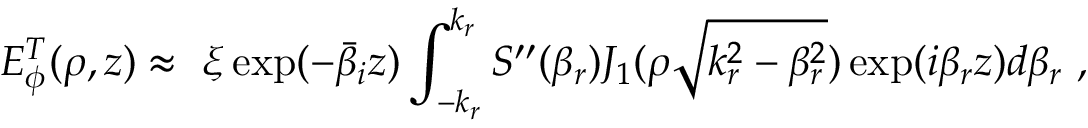
E _ { \phi } ^ { T } ( \rho , z ) \approx \ \xi \exp ( - \bar { \beta } _ { i } z ) \int _ { - k _ { r } } ^ { k _ { r } } S ^ { \prime \prime } ( \beta _ { r } ) J _ { 1 } ( \rho \sqrt { k _ { r } ^ { 2 } - \beta _ { r } ^ { 2 } } ) \exp ( i \beta _ { r } z ) d \beta _ { r } \, \, ,